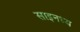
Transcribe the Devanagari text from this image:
साइनध्य